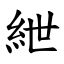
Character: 紲